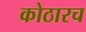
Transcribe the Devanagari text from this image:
कोठारच